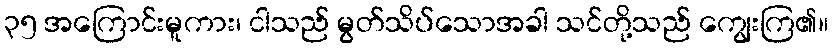
၃၅ အကြောင်းမူကား၊ ငါသည် မွတ်သိပ်သောအခါ သင်တို့သည် ကျွေးကြ၏။